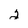
Character: 2